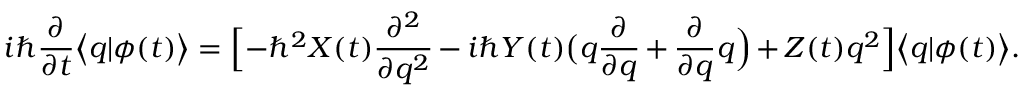
i \hbar \frac { \partial } { \partial t } \bigl < q | \phi ( t ) \bigr > = \Bigl [ - \hbar ^ { 2 } X ( t ) \frac { \partial ^ { 2 } } { \partial q ^ { 2 } } - i \hbar Y ( t ) \bigl ( q \frac { \partial } { \partial q } + \frac { \partial } { \partial q } q \Bigr ) + Z ( t ) q ^ { 2 } \Bigr ] \bigl < q | \phi ( t ) \bigr > .